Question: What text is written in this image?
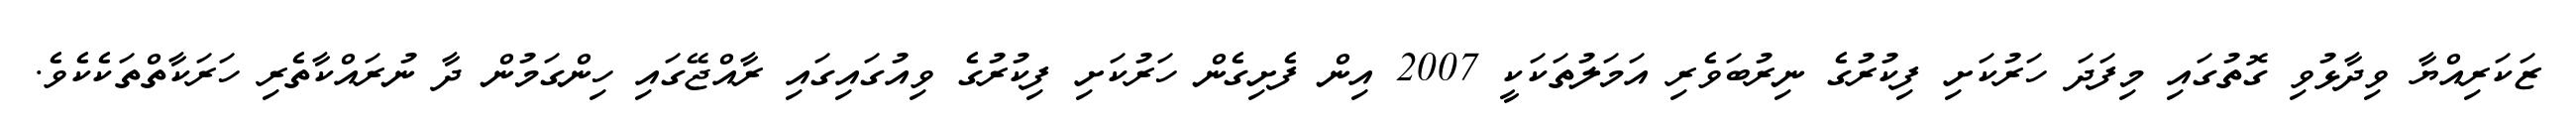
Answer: ޒަކަރިއްޔާ ވިދާޅުވި ގޮތުގައި މިފަދަ ހަރުކަށި ފިކުރުގެ ނިރުބަވެރި އަމަލުތަކަކީ 2007 އިން ފެށިގެން ހަރުކަށި ފިކުރުގެ ވިއުގައިގައި ރާއްޖޭގައި ހިންގަމުން ދާ ނުރައްކާތެރި ހަރަކާތްތަކެކެވެ.